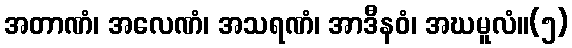
အတာဏံ၊ အလေဏံ၊ အသရဏံ၊ အာဒီနဝံ၊ အဃမူလံ။(၅)